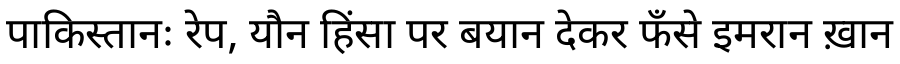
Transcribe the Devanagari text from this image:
पाकिस्तानः रेप, यौन हिंसा पर बयान देकर फँसे इमरान ख़ान